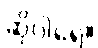
ဆိုပါရေ။